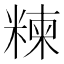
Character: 𥻂